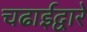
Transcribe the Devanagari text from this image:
चढाईद्वारे